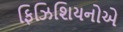
ફિઝિશિયનોએ